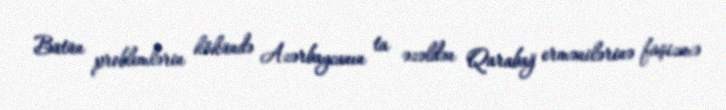
Bütün problemlərin kökündə Azərbaycanın ta əzəldən Qarabağ ermənilərinə faşizmə